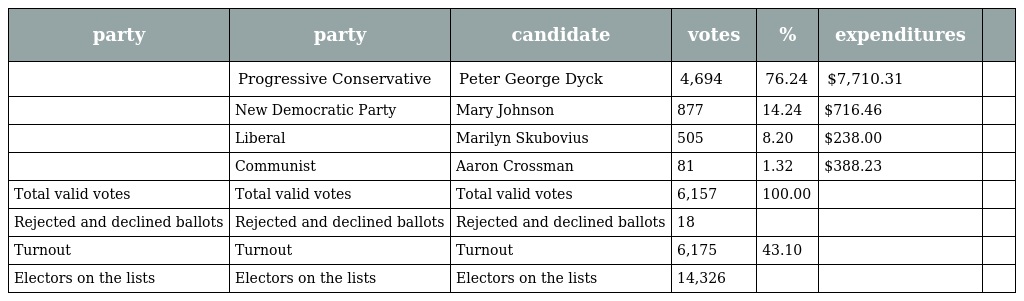
| party | party | candidate | votes | % | expenditures |  |
 | --- | --- | --- | --- | --- | --- | --- |
 |  | Progressive Conservative | Peter George Dyck | 4,694 | 76.24 | $7,710.31 |  |
 |  | New Democratic Party | Mary Johnson | 877 | 14.24 | $716.46 |  |
 |  | Liberal | Marilyn Skubovius | 505 | 8.20 | $238.00 |  |
 |  | Communist | Aaron Crossman | 81 | 1.32 | $388.23 |  |
 | Total valid votes | Total valid votes | Total valid votes | 6,157 | 100.00 |  |  |
 | Rejected and declined ballots | Rejected and declined ballots | Rejected and declined ballots | 18 |  |  |  |
 | Turnout | Turnout | Turnout | 6,175 | 43.10 |  |  |
 | Electors on the lists | Electors on the lists | Electors on the lists | 14,326 |  |  |  |